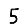
Digit: 5